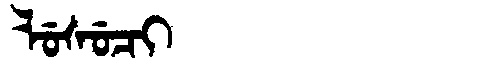
Manchu: ᠯᡠᠰᡠᠴᡳ
Romanization: LUSUCI